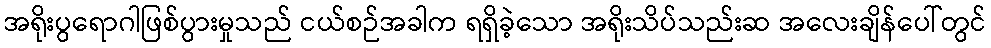
အရိုးပွရောဂါဖြစ်ပွားမှုသည် ငယ်စဉ်အခါက ရရှိခဲ့သော အရိုးသိပ်သည်းဆ အလေးချိန်ပေါ်တွင်